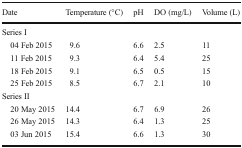
| Date | Temperature (°C) | pH | DO (mg/L) | Volume (L) |
 | --- | --- | --- | --- | --- |
 | <COLSPAN=5> Series I |
 | 04 Feb 2015 | 9.6 | 6.6 | 2.5 | 11 |
 | 11 Feb 2015 | 9.3 | 6.4 | 5.4 | 25 |
 | 18 Feb 2015 | 9.1 | 6.5 | 0.5 | 15 |
 | 25 Feb 2015 | 8.5 | 6.7 | 2.1 | 10 |
 | <COLSPAN=5> Series II |
 | 20 May 2015 | 14.4 | 6.7 | 6.9 | 26 |
 | 26 May 2015 | 14.3 | 6.4 | 1.3 | 25 |
 | 03 Jun 2015 | 15.4 | 6.6 | 1.3 | 30 |